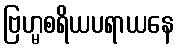
ဗြဟ္မစရိယပရာယနေ